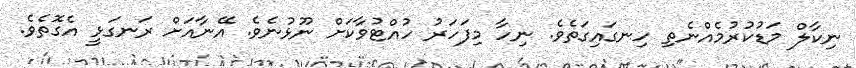
ނިކާލް މަޑުކުރުމެއްނެތި ހިނގައިގަތެވެ. ނިހާ މިފަހަރު ހުއްޓުވާކަށް ނޫޅުނެވެ. އޭނާއަށް ރަނގަޅީ އެގޮތެވެ.